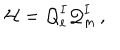
{ \cal H } = { \cal Q } _ { e } ^ { I } { \cal Q } _ { m } ^ { I } \, ,